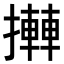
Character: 𢷦